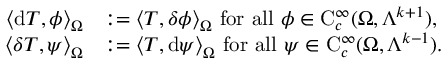
\begin{array} { r l } { \big \langle \mathrm { d } T , \phi \big \rangle _ { \Omega } } & { : = \big \langle T , { \delta } \phi \big \rangle _ { \Omega } \mathrm { ~ f o r ~ a l l ~ } \phi \in \mathrm { C } _ { c } ^ { \infty } ( \Omega , \Lambda ^ { k + 1 } ) \mathrm { , ~ } } \\ { \big \langle { \delta } T , \psi \big \rangle _ { \Omega } } & { : = \big \langle T , \mathrm { d } \psi \big \rangle _ { \Omega } \mathrm { ~ f o r ~ a l l ~ } \psi \in \mathrm { C } _ { c } ^ { \infty } ( \Omega , \Lambda ^ { k - 1 } ) \mathrm { . ~ } } \end{array}